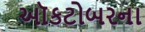
ઑકટોબરના